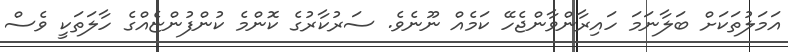
އަމަލުތަކަށް ބަލާނަމަ ހައިރާންވާންޖެހޭ ކަމެއް ނޫނެވެ. ސަރުކާރުގެ ކޮންމެ ކުންފުންޏެއްގެ ހާލަތަކީ ވެސް